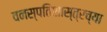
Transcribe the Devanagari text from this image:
वनस्पतिशास्त्रच्या